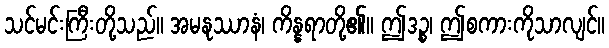
သင်မင်းကြီးတို့သည်။ အမနုဿာနံ၊ ကိန္နရာတို့၏။ ဤဒဉ္စ၊ ဤစကားကိုသာလျင်။